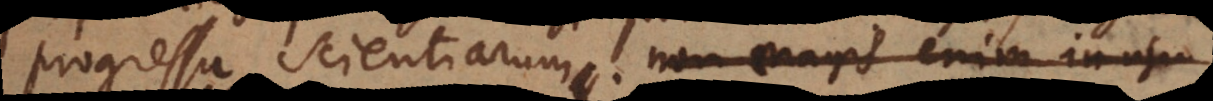
progressu scientiarum, non magis enim in